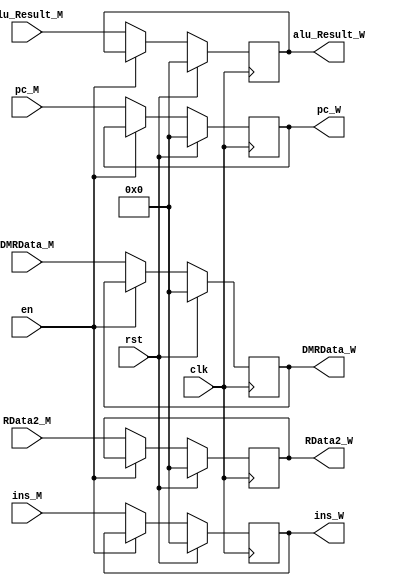
`timescale 1ns / 1ps
//////////////////////////////////////////////////////////////////////////////////
// Company: 
// Engineer: 
// 
// Design Name: 
// Module Name:    MEM_WB 
// Project Name: 
// Target Devices: 
// Tool versions: 
// Description: 
//
// Dependencies: 
//
// Revision: 
// Revision 0.01 - File Created
// Additional Comments: 
//
//////////////////////////////////////////////////////////////////////////////////
module MEM_WB(
clk,rst,en,ins_M,pc_M,alu_Result_M,DMRData_M,RData2_M,
ins_W,pc_W,alu_Result_W,DMRData_W,RData2_W
    );
	input clk,rst,en;
	input[31:0] ins_M,pc_M,alu_Result_M,DMRData_M,RData2_M;
	output reg[31:0] ins_W,pc_W,alu_Result_W,DMRData_W,RData2_W;
	initial begin
	ins_W=0;
	pc_W=0;
	alu_Result_W=0;
	DMRData_W=0;
	RData2_W=0;
	end
	always @(posedge clk)
	begin
		if(rst)
		begin
			ins_W <=0;
			pc_W <=0;
			alu_Result_W <=0;
			DMRData_W <=0;
			RData2_W=0;
		end
		else if(!en)
		begin
			ins_W <=ins_M;
			pc_W <=pc_M;
			alu_Result_W <=alu_Result_M;
			DMRData_W <=DMRData_M;
			RData2_W<=RData2_M;
		end
	end

endmodule